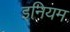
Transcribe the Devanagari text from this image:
इनियम